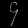
Digit: ၄